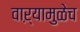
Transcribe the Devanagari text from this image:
वाऱ्यामुळेच